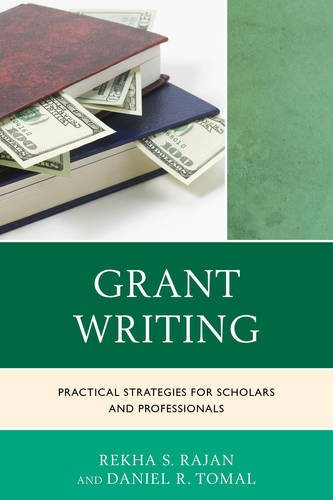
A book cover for Grant Writing: Practical Strategies for Scholars and Professionals (The Concordia University Leadership Series); Rekha S. Rajan; Education & Teaching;